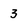
Character: 3